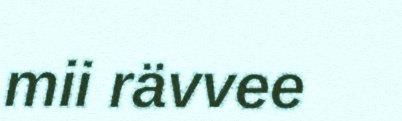
mii rävvee